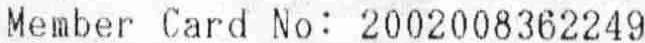
MEMBER CARD NO: 2002008362249